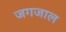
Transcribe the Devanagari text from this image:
जगजाल